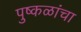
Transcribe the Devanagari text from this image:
पुष्कळांचा